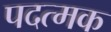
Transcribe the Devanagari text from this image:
पदत्मक